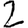
Digit: 2